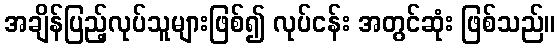
အချိန်ပြည့်လုပ်သူများဖြစ်၍ လုပ်ငန်း အတွင်ဆုံး ဖြစ်သည်။